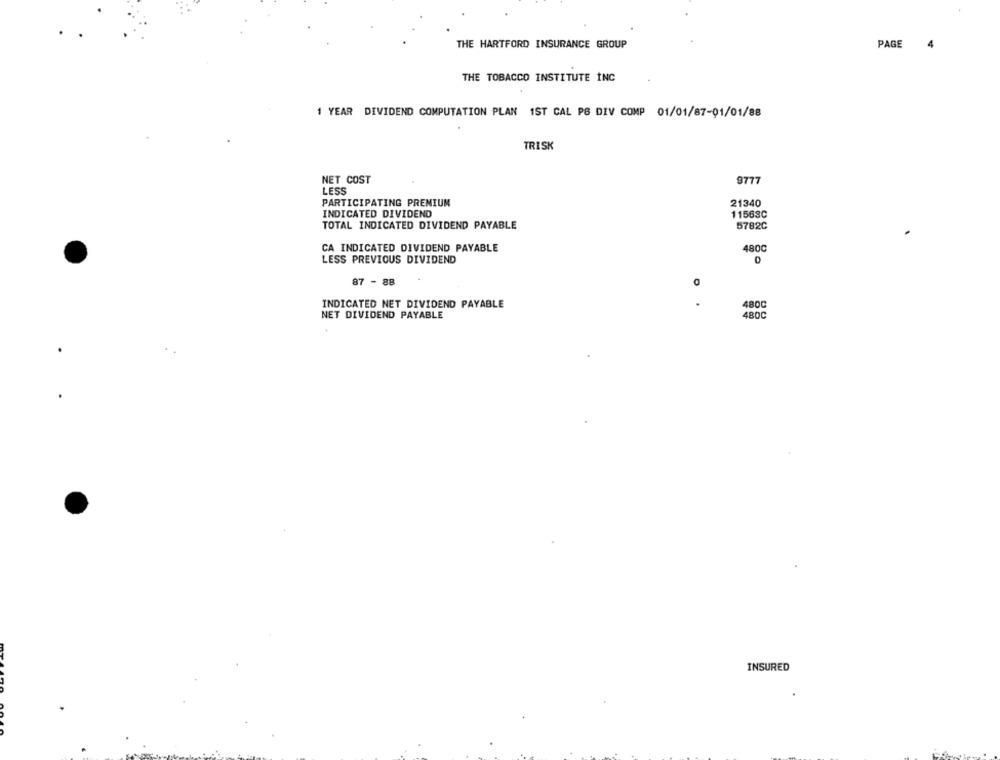
THE HARTFORD INSURANCE GROUP
PAGE
4
THE TOBACCO INSTITUTE INC
1 YEAR DIVIDEND COMPUTATION PLAN 1ST CAL PS DIV COMP 01/01/87-01/01/88
TRISK
NET COST
9777
LESS
PARTICIPATING PRENIUM
21340
INDICATED DIVIDEND
11563C
TOTAL INDICATED DIVIDEND PAYABLE
5782C
CA INDICATED DIVIDEND PAYABLE
4800
LESS PREVIOUS DIVIDEND
87 - 88
INDICATED NET DIVIDEND PAYABLE
480C
NET DIVIDEND PAYABLE
480C
INSURED